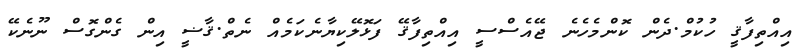
އިއްތިފާޤީ ހުކުމް.ދެން ކޮންމެހެނެ ޖޭއެސްސީ އިއްތިފާޤޭ ފަޅޮލޭކިޔާނެކަމެއް ނެތް.ޤާޟީ އިން ގެންގޮސް ނޫނެކޭ